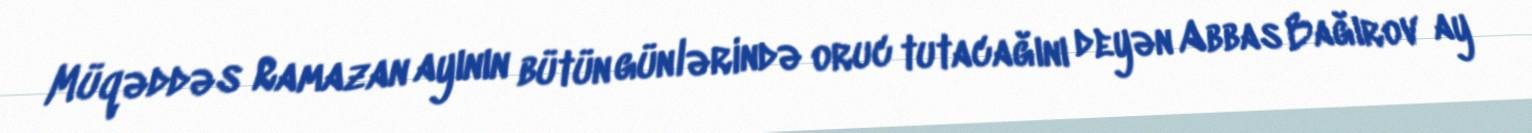
Müqəddəs Ramazan ayının bütün günlərində oruc tutacağını deyən Abbas Bağırov ay